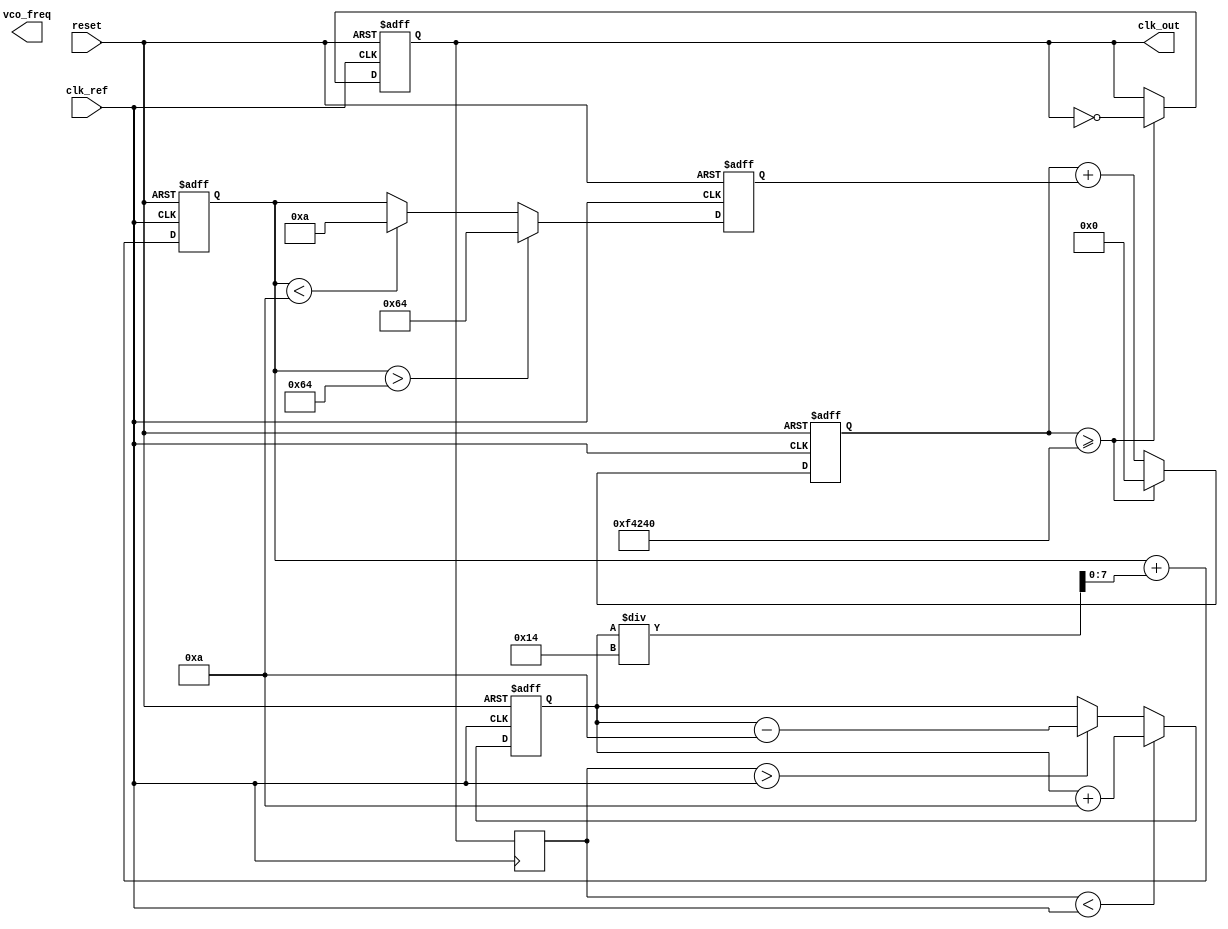
module PLL (
    input wire clk_ref,          // Reference clock input
    input wire reset,            // Asynchronous reset
    output reg clk_out,          // PLL output clock
    output reg vco_freq          // VCO frequency output (for monitoring)
);

// Parameters for tuning (these can be adjusted for the design)
parameter integer VCO_MAX_FREQ = 100;   // Max VCO frequency
parameter integer VCO_MIN_FREQ = 10;    // Min VCO frequency
parameter integer LOOP_GAIN = 10;        // Loop gain for PD output
parameter integer FILTER_RC = 20;         // RC time constant for loop filter

// Internal signals
reg [7:0] phase_error;          // Phase error from PD
reg [7:0] filter_output;        // Output from loop filter
reg [7:0] vco_control_signal;   // VCO control signal
reg [31:0] vco_counter;         // Counter for VCO frequency
reg feedback_clk;               // Feedback clock for PD

// Phase Detector (PD)
always @(posedge clk_ref or posedge reset) begin
    if (reset) begin
        phase_error <= 8'd0;
    end else begin
        // Simple phase detection (feedback clock should be aligned with reference clock)
        if (feedback_clk < clk_ref) begin
            phase_error <= phase_error + LOOP_GAIN;
        end else if (feedback_clk > clk_ref) begin
            phase_error <= phase_error - LOOP_GAIN;
        end
    end
end

// Second-Order Loop Filter
always @(posedge clk_ref or posedge reset) begin
    if (reset) begin
        filter_output <= 8'd0;
    end else begin
        // Simple RC filter implementation (for demo purposes)
        filter_output <= filter_output + (phase_error / FILTER_RC);
    end
end

// Voltage-Controlled Oscillator (VCO)
always @(posedge clk_ref or posedge reset) begin
    if (reset) begin
        vco_control_signal <= 8'd50;      // Start control signal at mid range
        vco_counter <= 32'd0;
        clk_out <= 1'b0;
    end else begin
        // Adjust VCO control signal based on filter output
        if (filter_output > VCO_MAX_FREQ) begin
            vco_control_signal <= VCO_MAX_FREQ;
        end else if (filter_output < VCO_MIN_FREQ) begin
            vco_control_signal <= VCO_MIN_FREQ;
        end else begin
            vco_control_signal <= filter_output;
        end

        // Simple counter to generate output clock based on VCO control signal
        vco_counter <= vco_counter + vco_control_signal;
        if (vco_counter >= 32'd1000000) begin // Adjust this value for desired frequency
            clk_out <= ~clk_out; // Toggle output clock
            vco_counter <= 32'd0; // Reset counter
        end
    end
end

// Feedback path (simple assignment for demo purposes)
always @(posedge clk_ref) begin
    feedback_clk <= clk_out; // Feedback output clock to PD
end

endmodule